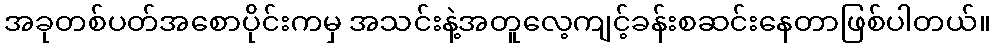
အခုတစ်ပတ်အစောပိုင်းကမှ အသင်းနဲ့အတူလေ့ကျင့်ခန်းစဆင်းနေတာဖြစ်ပါတယ်။